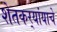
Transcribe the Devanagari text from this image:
शेतकर्‍यांयाचे